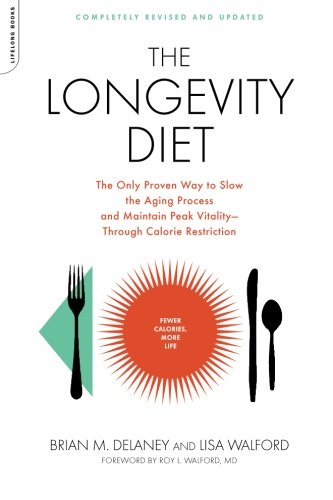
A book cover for The Longevity Diet: The Only Proven Way to Slow the Aging Process and Maintain Peak Vitality Through Caloric Restriction; Brian M. Delaney; Health, Fitness & Dieting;